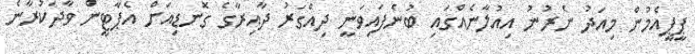
ޕީޕީއެމުން މިއަދު ނެރުނު އިއުލާނެއްގައި ބުނެފައިވަނީ ދިއްގަރު ދާއިރާގެ ގޮނޑިއަށް އެޕާޓީން ވާދަކުރާނެ